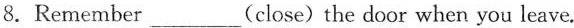
8.Remember ___ (close)the door when you leave.